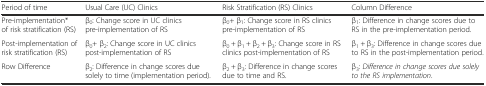
<table><thead><tr><td><b>Period of time</b></td><td><b>Usual Care (UC) Clinics</b></td><td><b>Risk Stratification (RS) Clinics</b></td><td><b>Column Difference</b></td></tr></thead><tbody><tr><td>Pre-implementation* of risk stratification (RS)</td><td>β<sub>0</sub>: Change score in UC clinics pre-implementation of RS</td><td>β<sub>0</sub>+ β<sub>1</sub>: Change score in RS clinics pre-implementation of RS</td><td>β<sub>1</sub>: Difference in change scores due to RS in the pre-implementation period.</td></tr><tr><td>Post-implementation of risk stratification (RS)</td><td>β<sub>0</sub>+ β<sub>2</sub>: Change score in UC clinics post-implementation of RS</td><td>β<sub>0</sub> + β<sub>1</sub> + β<sub>2</sub> + β<sub>3</sub>: Change score in RS clinics post-implementation of RS</td><td>β<sub>1</sub> + β<sub>3</sub>: Difference in change scores due to RS in the post-implementation period.</td></tr><tr><td>Row Difference</td><td>β<sub>2</sub>: Difference in change scores due solely to time (implementation period).</td><td>β<sub>2</sub> + β<sub>3</sub>: Difference in change scores due to time and RS.</td><td>β<sub>3</sub>: <i>Difference in change scores due solely to the RS implementation</i>.</td></tr></tbody></table>